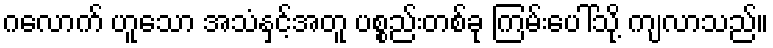
ဂလောက် ဟူသော အသံနှင့်အတူ ပစ္စည်းတစ်ခု ကြမ်းပေါ်သို့ ကျလာသည်။